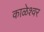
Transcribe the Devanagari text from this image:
काळेश्वर